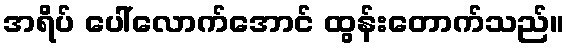
အရိပ် ပေါ်လောက်အောင် ထွန်းတောက်သည်။